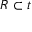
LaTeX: R \subset { \mathfrak { t } }